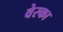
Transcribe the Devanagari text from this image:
वेस्का